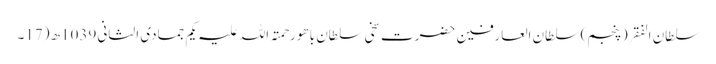
سلطان الفقر(پنجم) سلطان العارفین حضرت سخی سلطان باھو رحمتہ اللہ علیہ یکم جمادی الثانی 1039ھ (17۔